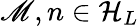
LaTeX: \mathscr{M},n\in{\mathcal{{H}}}_{L}